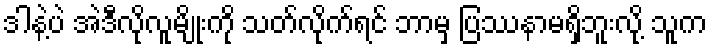
ဒါနဲ့ပဲ အဲဒီလိုလူမျိုးကို သတ်လိုက်ရင် ဘာမှ ပြဿနာမရှိဘူးလို့ သူက